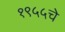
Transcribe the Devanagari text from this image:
१९५५चे